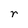
Character: r